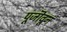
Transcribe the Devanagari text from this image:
पूजॊवून